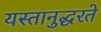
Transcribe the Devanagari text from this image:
यस्तानुद्धरते